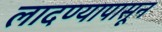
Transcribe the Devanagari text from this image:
लादण्यापासून